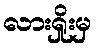
လားရှိုးမှ